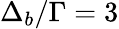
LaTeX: \Delta_{b}/\Gamma=3